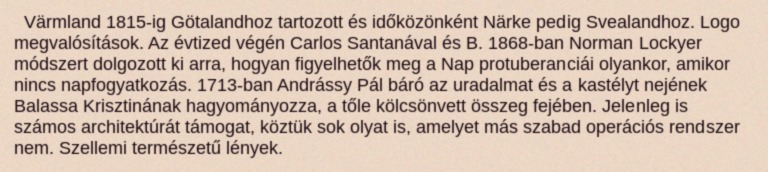
Värmland 1815-ig Götalandhoz tartozott és időközönként Närke pedig Svealandhoz. Logo megvalósítások. Az évtized végén Carlos Santanával és B. 1868-ban Norman Lockyer módszert dolgozott ki arra, hogyan figyelhetők meg a Nap protuberanciái olyankor, amikor nincs napfogyatkozás. 1713-ban Andrássy Pál báró az uradalmat és a kastélyt nejének Balassa Krisztinának hagyományozza, a tőle kölcsönvett összeg fejében. Jelenleg is számos architektúrát támogat, köztük sok olyat is, amelyet más szabad operációs rendszer nem. Szellemi természetű lények.